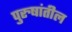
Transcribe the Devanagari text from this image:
पुरुषांतील